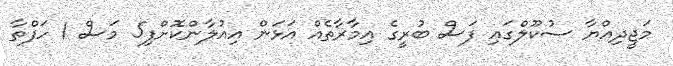
މަޖީދިއްޔާ ސުކޫލްގައި ފަސް ބުރީގެ އިމާރާތެއް އަޅަން އިއުލާންކޮށްފި5 މަސް 1 ހަފްތާ